Report on vaccination in the Province of Bengal - 1874-1889
Year: 1874
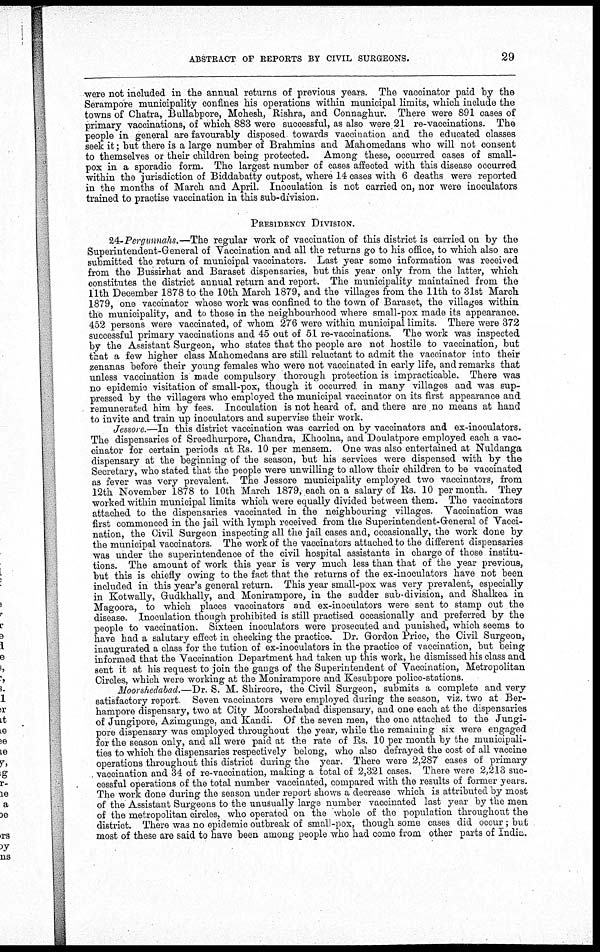
ABSTRACT OF REPORTS BY CIVIL SURGEONS.
29
were not included in the annual returns of previous years. The vaccinator paid by the
Serampore municipality confines his operations within municipal limits, which include the
towns of Chatra, Bullabpore, Mohesh, Rishra, and Connaghur. There were 891 cases of
primary vaccinations, of which 883 were successful, as also were 21 re-vaccinations. The
people in general are favourably disposed towards vaccination and the educated classes
seek it; but there is a large number of Brahmins and Mahomedans who will not consent
to themselves or their children being protected. Among these, occurred cases of small-
pox in a sporadic form. The largest number of cases affected with this disease occurred
within the jurisdiction of Biddabatty outpost, where 14 cases with 6 deaths were reported
in the months of March and April. Inoculation is not carried on, nor were inoculators
trained to practise vaccination in this sub-division.
PRESIDENCY DIVISION.
24-Pergunnahs.—The regular work of vaccination of this district is carried on by the
Superintendent-General of Vaccination and all the returns go to his office, to which also are
submitted the return of municipal vaccinators. Last year some information was received
from the Bussirhat and Baraset dispensaries, but this year only from the latter, which
constitutes the district annual return and report. The municipality maintained from the
11th December 1878 to the 10th March 1879, and the villages from the 11th to 31st March
1879, one vaccinator whose work was confined to the town of Baraset, the villages within
the municipality, and to those in the neighbourhood where small-pox made its appearance.
452 persons were vaccinated, of whom 276 were within municipal limits. There were 372
successful primary vaccinations and 45 out of 51 re-vaccinations. The work was inspected
by the Assistant Surgeon, who states that the people are not hostile to vaccination, but
that a few higher class Mahomedans are still reluctant to admit the vaccinator into their
zenanas before their young females who were not vaccinated in early life, and remarks that
unless vaccination is made compulsory thorough protection is impracticable. There was
no epidemic visitation of small-pox, though it occurred in many villages and was sup-
pressed by the villagers who employed the municipal vaccinator on its first appearance and
remunerated him by fees. Incoulation is not heard of, and there are no means at hand
to invite and train up inoculators and supervise their work.
Jessore.—In this district vaccination was carried on by vaccinators and ex-inoculators.
The dispensaries of Sreedhurpore, Chandra, Khoolna, and Doulatpore employed each a vac-
cinator for certain periods at Rs. 10 per mensem. One was also entertained at Nuldanga
dispensary at the beginning of the season, but his services were dispensed with by the
Secretary, who stated that the people were unwilling to allow their children to be vaccinated
as fever was very prevalent. The Jessore municipality employed two vaccinators, from
12th November 1878 to 10th March 1879, each on a salary of Rs. 10 per month. They
worked within municipal limits which were equally divided between them. The vaccinators
attached to the dispensaries vaccinated in the neighbouring villages. Vaccination was
first commenced in the jail with lymph received from the Superintendent-General of Vacci-
nation, the Civil Surgeon inspecting all the jail cases and, occasionally, the work done by
the municipal vaccinators. The work of the vaccinators attached to the different dispensaries
was under the superintendence of the civil hospital assistants in charge of those institu-
tions. The amount of work this year is very much less than that of the year previous,
but this is chiefly owing to the fact that the returns of the ex-inoculators have not been
included in this year's general return. This year small-pox was very prevalent, especially
in Kotwally, Gudkhally, and Monirampore, in the sudder sub-division, and Shalkea in
Magoora, to which places vaccinators and ex-inoculators were sent to stamp out the
disease. Inoculation though prohibited is still practised occasionally and preferred by the
people to vaccination. Sixteen inoculators were prosecuted and punished, which seems to
have had a salutary effect in checking the practice. Dr. Gordon Price, the Civil Surgeon,
inaugurated a class for the tution of ex-inoculators in the practice of vaccination, but being
informed that the Vaccination Department had taken up this work, he dismissed his class and
sent it at his request to join the gangs of the Superintendent of Vaccination, Metropolitan
Circles, which were working at the Monirampore and Kesubpore police-stations.
Moorshedabad.—Dr. S. M. Shircore, the Civil Surgeon, submits a complete and very
satisfactory report. Seven vaccinators were employed during the season, viz. two at Ber-
hampore dispensary, two at City Moorshedabad dispensary, and one each at the dispensaries
of Jungipore, Azimgunge, and Kandi. Of the seven men, the one attached to the Jungi-
pore dispensary was employed throughout the year, while the remaining six were engaged
for the season only, and all were paid at the rate of Rs. 10 per month by the municipali-
ties to which the dispensaries respectively belong, who also defrayed the cost of all vaccine
operations throughout this district during the year. There were 2,287 cases of primary
vaccination and 34 of re-vaccination, making a total of 2,321 cases. There were 2,213 suc-
cessful operations of the total number vaccinated, compared with the results of former years.
The work done during the season under report shows a decrease which is attributed by most
of the Assistant Surgeons to the unusually large number vaccinated last year by the men
of the metropolitan circles, who operated on the whole of the population throughout the
district. There was no epidemic outbreak of small-pox, though some cases did occur ; but
most of these are said to have been among people who had come from other parts of India.